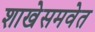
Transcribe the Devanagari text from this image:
शाखेसमवेत